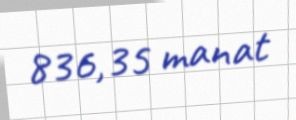
836,35 manat